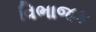
વિભાજક